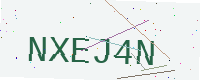
Text: NXEJ4N